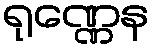
ရုဏ္ဏေန